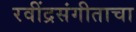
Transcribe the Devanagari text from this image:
रवींद्रसंगीताचा